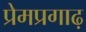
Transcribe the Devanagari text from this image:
प्रेमप्रगाढ़